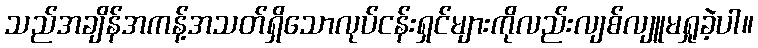
သည်အချိန်အကန့်အသတ်ရှိသောလုပ်ငန်းရှင်များကိုလည်းလျစ်လျူမရှုခဲ့ပါ။